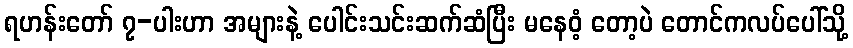
ရဟန်းတော် ၇-ပါးဟာ အများနဲ့ ပေါင်းသင်းဆက်ဆံပြီး မနေဝံ့ တော့ပဲ တောင်ကလပ်ပေါ်သို့